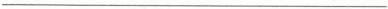
___